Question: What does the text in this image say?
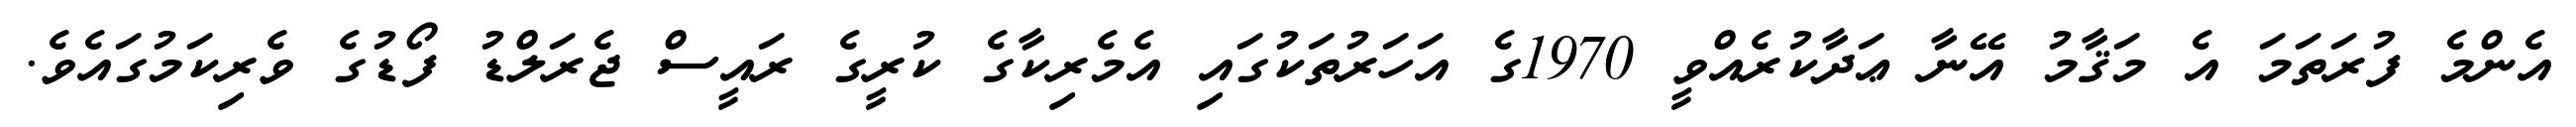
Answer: އެންމެ ފުރަތަމަ އެ މަޤާމު އޭނާ ޢަދާކުރެއްވީ 1970ގެ އަހަރުތަކުގައި އެމެރިކާގެ ކުރީގެ ރައީސް ޖެރަލްޑު ފޯޑުގެ ވެރިކަމުގައެވެ.